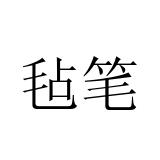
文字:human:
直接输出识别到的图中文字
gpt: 毡笔